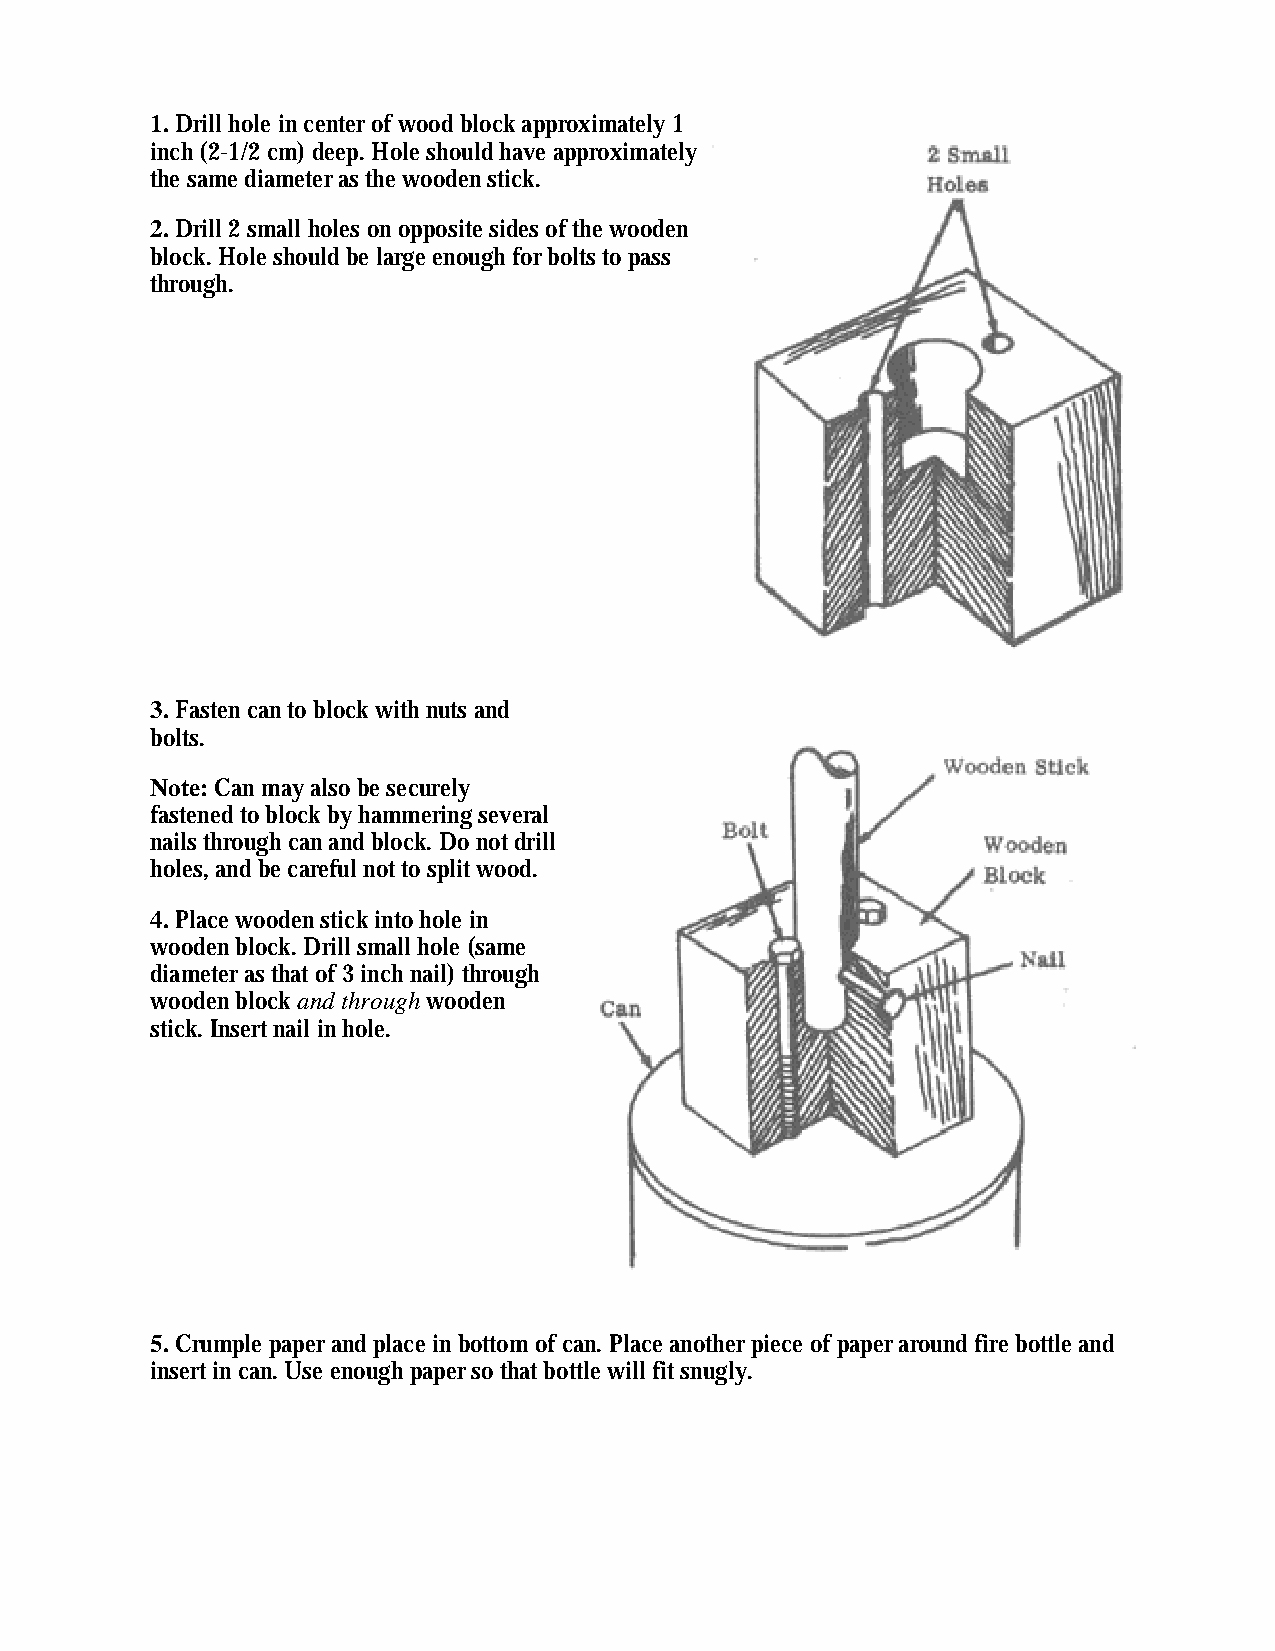
1. Drill hole in center of wood block approximately 1
 inch (2-1/2 cm) deep. Hole should have approximately
 the same diameter as the wooden stick.
 2. Drill 2 small holes on opposite sides of the wooden
 block. Hole should be large enough for bolts to pass
 through.
 3. Fasten can to block with nuts and
 bolts.
 Note: Can may also be securely
 fastened to block by hammering several
 nails through can and block. Do not drill
 holes, and be careful not to split wood.
 4. Place wooden stick into hole in
 wooden block. Drill small hole (same
 diameter as that of 3 inch nail) through
 wooden block and through wooden
 stick. Insert nail in hole.
 5. Crumple paper and place in bottom of can. Place another piece of paper around fire bottle and
 insert in can. Use enough paper so that bottle will fit snugly.